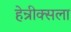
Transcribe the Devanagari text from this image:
हेन्रीक्सला